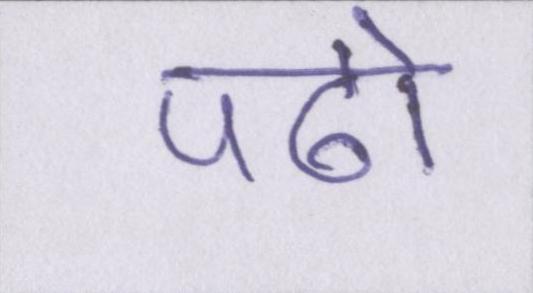
पढो